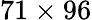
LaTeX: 71\times 96